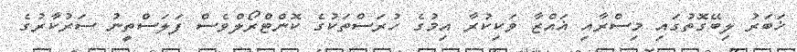
ޚަބަރު ލިބޭގޮތުގައި މިސްރާއި ޣައްޒާ ވަކިކުރާ އިމުގެ ހުރަސްތަކުގެ ކޮންޓްރޯލްވެސް ފަލަސްތީނު ސަރުކާރުގެ